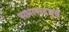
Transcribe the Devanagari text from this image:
सभासदपूर्व